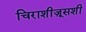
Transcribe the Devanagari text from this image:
चिराशीज़ूसशी